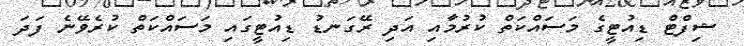
ޝިފްޓް ޑިއުޓީގެ މަސައްކަތް ކުރުމާއި އަދި ރޭގަނޑު ޑިއުޓީގައި މަސައްކަތް ކުރެވޭނެ ފަދަ